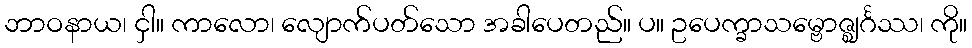
ဘာဝနာယ၊ ငှါ။ ကာလော၊ လျောက်ပတ်သော အခါပေတည်။ ပ။ ဥပေက္ခာသမ္ဗောဇ္ဈင်္ဂဿ၊ ကို။